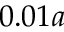
0 . 0 1 a